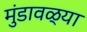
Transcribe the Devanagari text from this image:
मुंडावळ्या